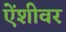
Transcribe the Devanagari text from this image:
ऐंशीवर